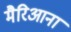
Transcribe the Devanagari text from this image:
मैरिआना